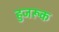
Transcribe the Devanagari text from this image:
हुजरूक